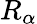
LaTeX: R_{\alpha}